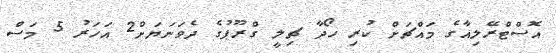
އޮސްޓްރޭލިއާގެ މައްޗަށް ކުރި ހޯދާ ޗިލީ ގްރޫޕުގެ ދެވަނަޔަށް2 އަހަރު 5 މަސް